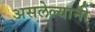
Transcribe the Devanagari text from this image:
असलेल्यानी